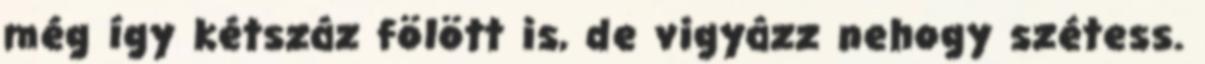
még így kétszáz fölött is, de vigyázz nehogy szétess.